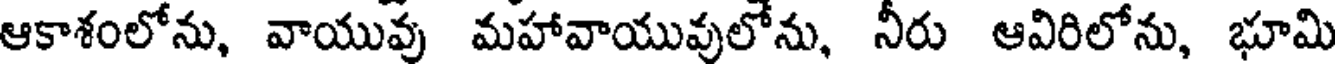
ఆకాశంలోను, వాయువు మహావాయువులోను, నీరు ఆవిరిలోను, భూమి